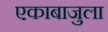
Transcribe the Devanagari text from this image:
एकाबाजुला